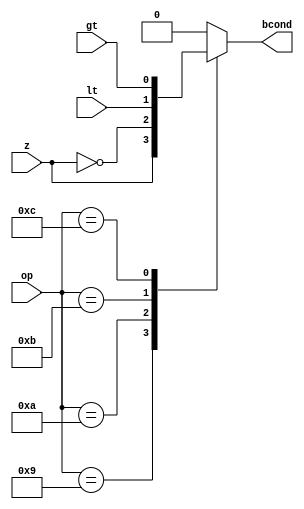
module branchControlUnit
	(
		input [3:0] op,
		input z, lt, gt,
		output reg bcond
	);

	always@(*) begin
		case(op)
			4'b1001: bcond = z; //beq
			4'b1010: bcond = ~z; //bne
			4'b1011: bcond = lt; //blt
			4'b1100: bcond = gt; //bgt
			default: bcond = 1'b0;
		endcase
	end
endmodule